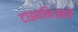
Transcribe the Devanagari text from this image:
टांझानिआने